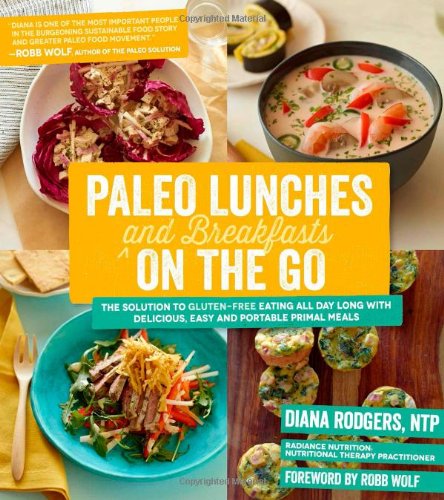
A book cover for Paleo Lunches and Breakfasts On the Go: The Solution to Gluten-Free Eating All Day Long with Delicious, Easy and Portable Primal Meals; Diana Rodgers; Cookbooks, Food & Wine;